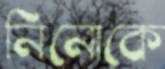
নিনোকে